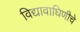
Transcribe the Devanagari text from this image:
विद्यावाघिणीचे